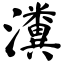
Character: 瀵